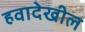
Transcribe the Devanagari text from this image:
हवादेखील